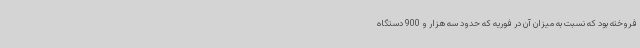
فروخته بود که نسبت به میزان آن در فوریه که حدود سه هزار و 900 دستگاه